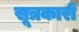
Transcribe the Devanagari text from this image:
सूत्रकारों